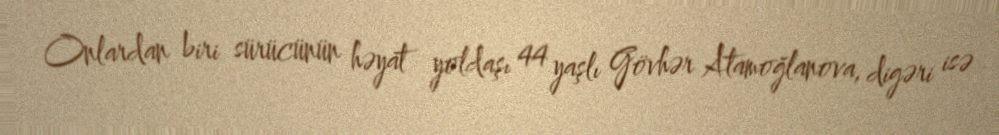
Onlardan biri sürücünün həyat yoldaşı 44 yaşlı Gövhər Atamoğlanova, digəri isə